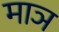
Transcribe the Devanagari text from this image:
माञ